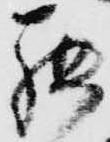
罷